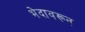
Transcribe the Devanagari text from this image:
भेदावरून